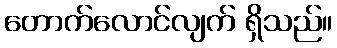
တောက်လောင်လျက် ရှိသည်။